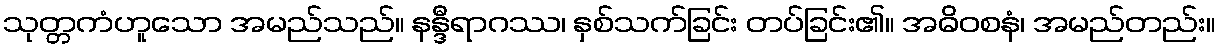
သုတ္တကံဟူသော အမည်သည်။ နန္ဒီရာဂဿ၊ နှစ်သက်ခြင်း တပ်ခြင်း၏။ အဓိဝစနံ၊ အမည်တည်း။